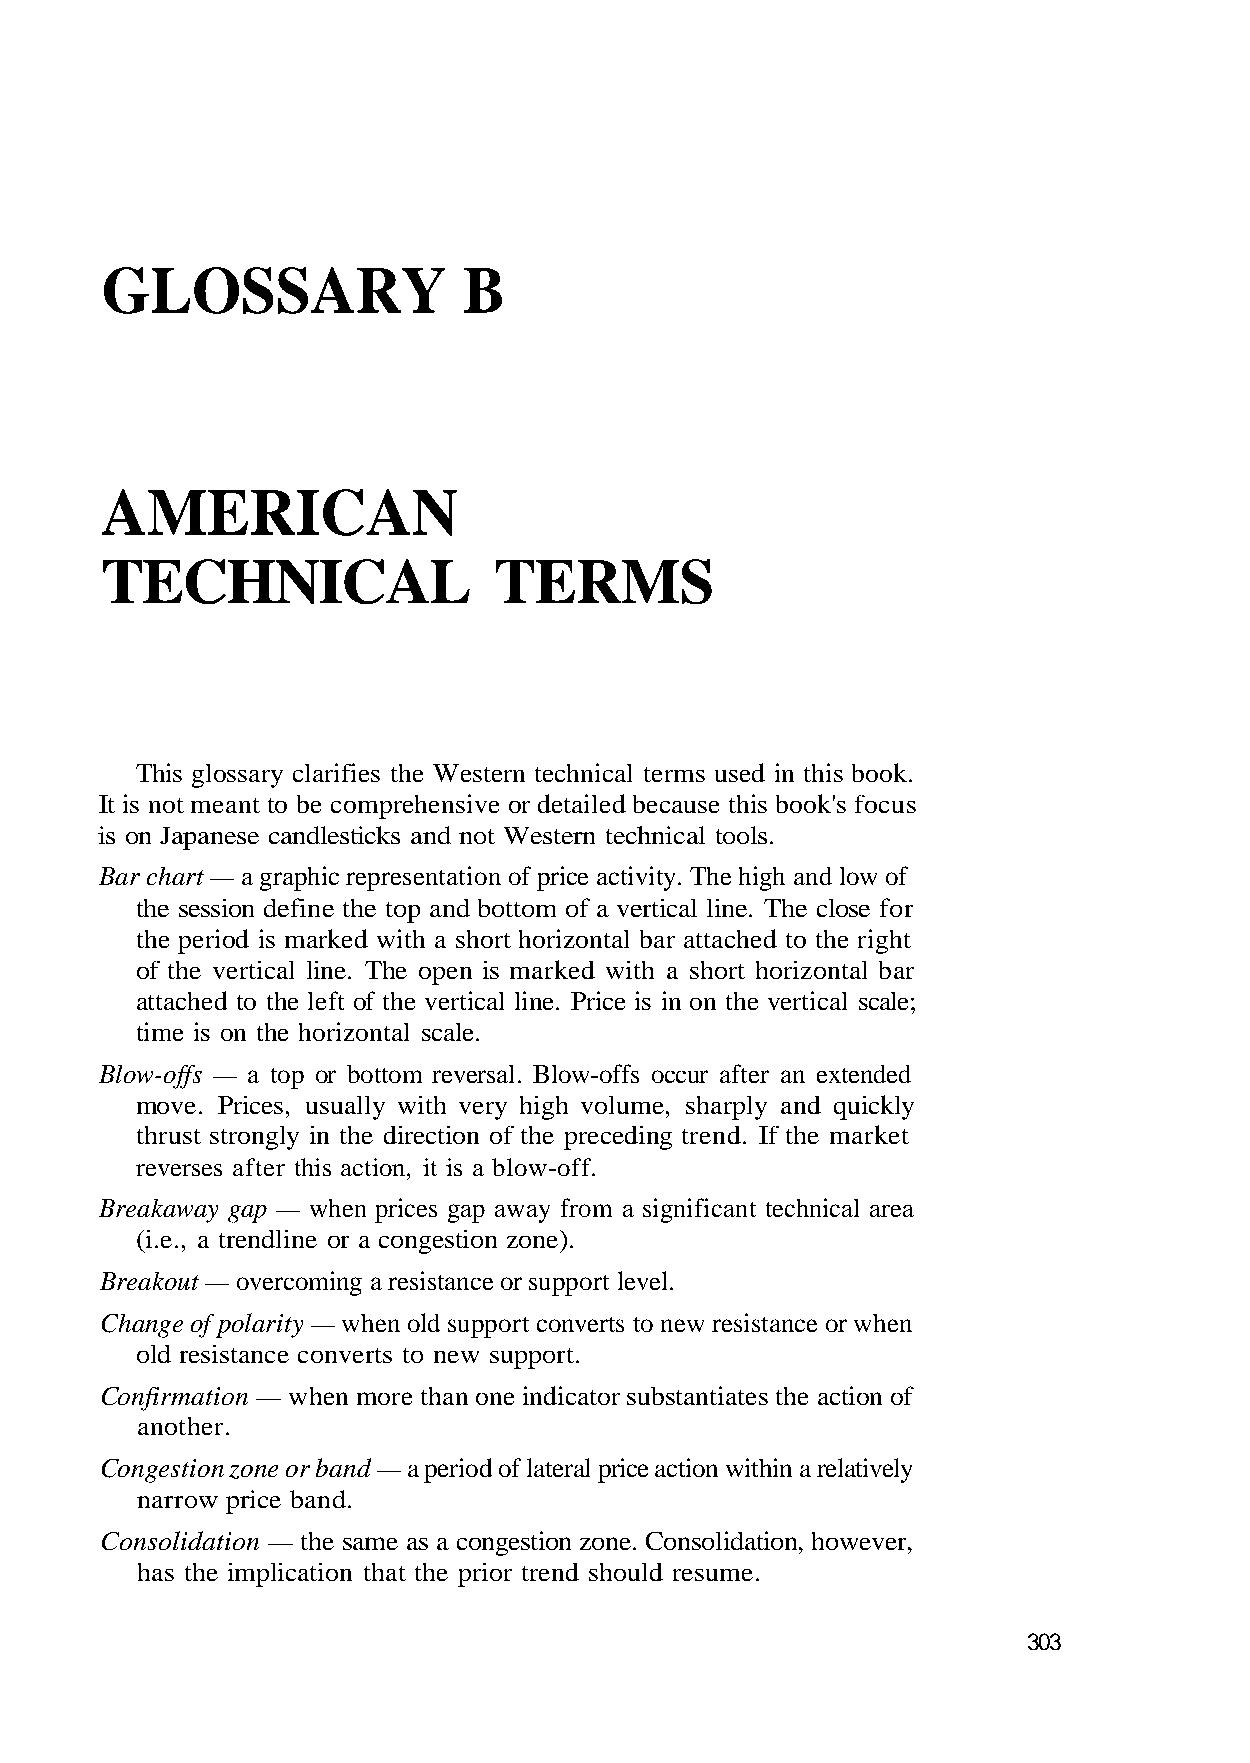
GLOSSARY                B
 AMERICAN
 It is not meant to be comprehensive or detailed because this book's focus
 is on Japanese candlesticks and not Western technical tools.
 the session define the top and bottom of a vertical line. The close for
 the period is marked with a short horizontal bar attached to the right
 Blow-offs — a top or bottom reversal. Blow-offs occur after an extended
 Breakout — overcoming a resistance or support level.
 Change of polarity — when old support converts to new resistance or when
 Confirmation — when more than one indicator substantiates the action of
 another.
 Congestion zone or band — a period of lateral price action within a relatively
 narrow price band.
 Consolidation — the same as a congestion zone. Consolidation, however,
 303
 f o w o l d n a h g i h e h T . y t i v ti
 et
 c
 k
 a
 ar m
 e c
 e
 .
 i
 h
 t
 on of pr
 ontal bar
 ertical scale;
 quickly
 trend. If t
 suppor
 ati
 oriz
 e v
 and
 ng
 w
 nt
 rt h
 n th
 ply
 edi
 ea
 e
 e
 oo
 rc
 ar
 n
 TECHNICAL TERMS
 This glossary clarifies the Western technical terms used in this book.
 Bar chart — a graphic repres
 of the vertical line. The open is marked with a sh
 attached to the left of the vertical line. Price is in
 time is on the horizontal scale.
 move. Prices, usually with very high volume, sha
 thrust strongly in the direction of the pre
 reverses after this action, it is a blow-off.
 Breakaway gap — when prices gap away from a significant technical
 (i.e., a trendline or a congestion zone).
 old resistance converts to
 has the implication that the prior trend should resume.